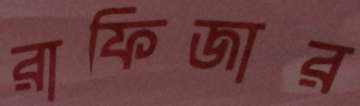
রাফিজার